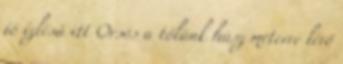
jó ízlésű itt Orsós a tőlünk húsz méterre lévő